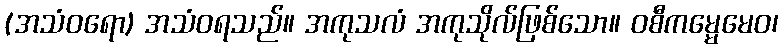
(အသံဝရော) အသံဝရသည်။ အကုသလံ အကုသိုလ်ဖြစ်သော။ ဝစီကမ္မေမေဝ၊